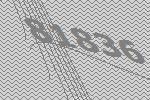
81836